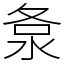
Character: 洜